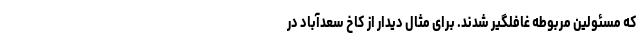
که مسئولین مربوطه غافلگیر شدند. برای مثال دیدار از کاخ سعدآباد در